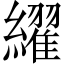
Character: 䌦